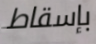
بإسقاط